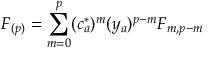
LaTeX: F _ { ( p ) } = \sum _ { m = 0 } ^ { p } ( c _ { a } ^ { * } ) ^ { m } ( y _ { a } ) ^ { p - m } F _ { m , p - m }